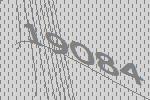
19084